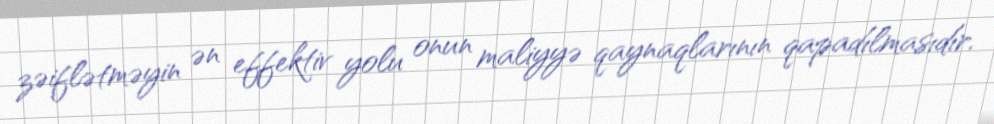
zəiflətməyin ən effektiv yolu onun maliyyə qaynaqlarının qapadılmasıdır.